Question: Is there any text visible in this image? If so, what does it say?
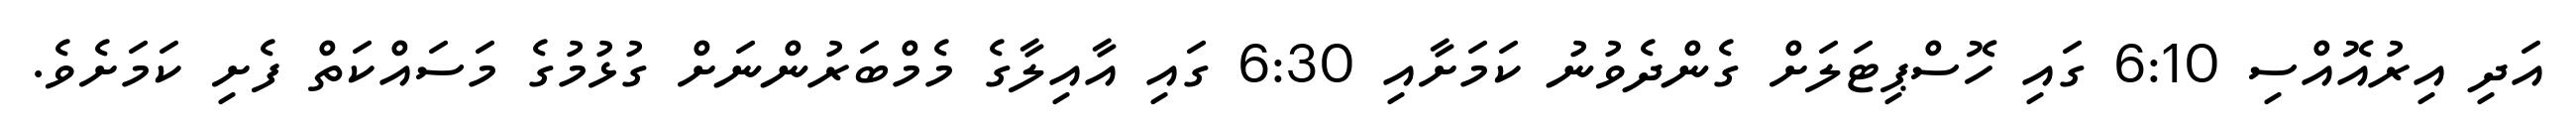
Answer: އަދި އިރުއޮއްސި 6:10 ގައި ހޮސްޕިޓަލަށް ގެންދެވުނު ކަމަށާއި 6:30 ގައި އާއިލާގެ މެމްބަރުންނަށް ގުޅުމުގެ މަސައްކަތް ފެށި ކަމަށެވެ.